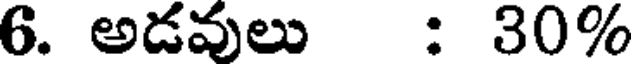
6. అడవులు : 30%